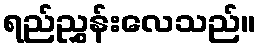
ရည်ညွှန်းလေသည်။